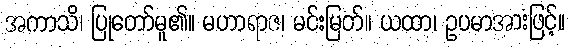
အကာသိ၊ ပြုတော်မူ၏။ မဟာရာဇ၊ မင်းမြတ်။ ယထာ၊ ဥပမာအားဖြင့်။